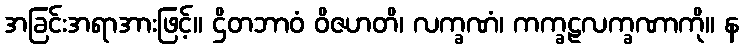
အခြင်းအရာအားဖြင့်။ ဌိတဘာဝံ ဝိဇဟတိ၊ လက္ခဏံ၊ ကက္ခဠလက္ခဏာကို။ န